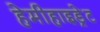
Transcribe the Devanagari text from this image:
हेमीहाइड्रेट